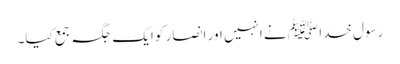
رسول خدا ﷺ نے انہیں اور انصار کو ایک جگہ جمع کیا۔